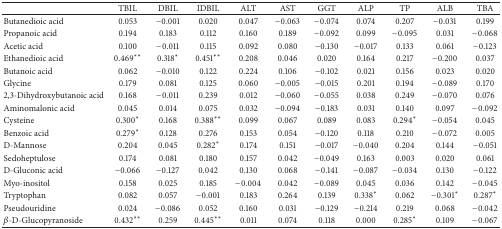
<table><thead><tr><td><b> </b></td><td><b>TBIL</b></td><td><b>DBIL</b></td><td><b>IDBIL</b></td><td><b>ALT</b></td><td><b>AST</b></td><td><b>GGT</b></td><td><b>ALP</b></td><td><b>TP</b></td><td><b>ALB</b></td><td><b>TBA</b></td></tr></thead><tbody><tr><td>Butanedioic acid</td><td>0.053</td><td>−0.001</td><td>0.020</td><td>0.047</td><td>−0.063</td><td>−0.074</td><td>0.074</td><td>0.207</td><td>−0.031</td><td>0.199</td></tr><tr><td>Propanoic acid</td><td>0.194</td><td>0.183</td><td>0.112</td><td>0.160</td><td>0.189</td><td>−0.092</td><td>0.099</td><td>−0.095</td><td>0.031</td><td>−0.068</td></tr><tr><td>Acetic acid</td><td>0.100</td><td>−0.011</td><td>0.115</td><td>0.092</td><td>0.080</td><td>−0.130</td><td>−0.017</td><td>0.133</td><td>0.061</td><td>−0.123</td></tr><tr><td>Ethanedioic acid</td><td>0.469**</td><td>0.318*</td><td>0.451**</td><td>0.208</td><td>0.046</td><td>0.020</td><td>0.164</td><td>0.217</td><td>−0.200</td><td>0.037</td></tr><tr><td>Butanoic acid</td><td>0.062</td><td>−0.010</td><td>0.122</td><td>0.224</td><td>0.106</td><td>−0.102</td><td>0.021</td><td>0.156</td><td>0.023</td><td>0.020</td></tr><tr><td>Glycine</td><td>0.179</td><td>0.081</td><td>0.125</td><td>0.060</td><td>−0.005</td><td>−0.015</td><td>0.201</td><td>0.194</td><td>−0.089</td><td>0.170</td></tr><tr><td>2,3-Dihydroxybutanoic acid</td><td>0.168</td><td>−0.011</td><td>0.239</td><td>0.012</td><td>−0.060</td><td>−0.055</td><td>0.038</td><td>0.249</td><td>−0.070</td><td>0.076</td></tr><tr><td>Aminomalonic acid</td><td>0.045</td><td>0.014</td><td>0.075</td><td>0.032</td><td>−0.094</td><td>−0.183</td><td>0.031</td><td>0.140</td><td>0.097</td><td>−0.092</td></tr><tr><td>Cysteine</td><td>0.300*</td><td>0.168</td><td>0.388**</td><td>0.099</td><td>0.067</td><td>0.089</td><td>0.083</td><td>0.294*</td><td>−0.054</td><td>0.045</td></tr><tr><td>Benzoic acid</td><td>0.279*</td><td>0.128</td><td>0.276</td><td>0.153</td><td>0.054</td><td>−0.120</td><td>0.118</td><td>0.210</td><td>−0.072</td><td>0.005</td></tr><tr><td>D-Mannose</td><td>0.204</td><td>0.045</td><td>0.282*</td><td>0.174</td><td>0.151</td><td>−0.017</td><td>−0.040</td><td>0.204</td><td>0.144</td><td>−0.051</td></tr><tr><td>Sedoheptulose</td><td>0.174</td><td>0.081</td><td>0.180</td><td>0.157</td><td>0.042</td><td>−0.049</td><td>0.163</td><td>0.003</td><td>0.020</td><td>0.061</td></tr><tr><td>D-Gluconic acid</td><td>−0.066</td><td>−0.127</td><td>0.042</td><td>0.130</td><td>0.068</td><td>−0.141</td><td>−0.087</td><td>−0.034</td><td>0.130</td><td>−0.122</td></tr><tr><td>Myo-inositol</td><td>0.158</td><td>0.025</td><td>0.185</td><td>−0.004</td><td>0.042</td><td>−0.089</td><td>0.045</td><td>0.036</td><td>0.142</td><td>−0.045</td></tr><tr><td>Tryptophan</td><td>0.082</td><td>0.057</td><td>−0.001</td><td>0.183</td><td>0.264</td><td>0.139</td><td>0.338*</td><td>0.062</td><td>−0.301*</td><td>0.287*</td></tr><tr><td>Pseudouridine</td><td>0.024</td><td>−0.086</td><td>0.052</td><td>0.160</td><td>0.031</td><td>−0.129</td><td>−0.214</td><td>0.219</td><td>0.068</td><td>−0.042</td></tr><tr><td><i>β</i>-D-Glucopyranoside</td><td>0.432**</td><td>0.259</td><td>0.445**</td><td>0.011</td><td>0.074</td><td>0.118</td><td>0.000</td><td>0.285*</td><td>0.109</td><td>−0.067</td></tr></tbody></table>